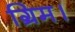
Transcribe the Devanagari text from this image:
ग्रिम।